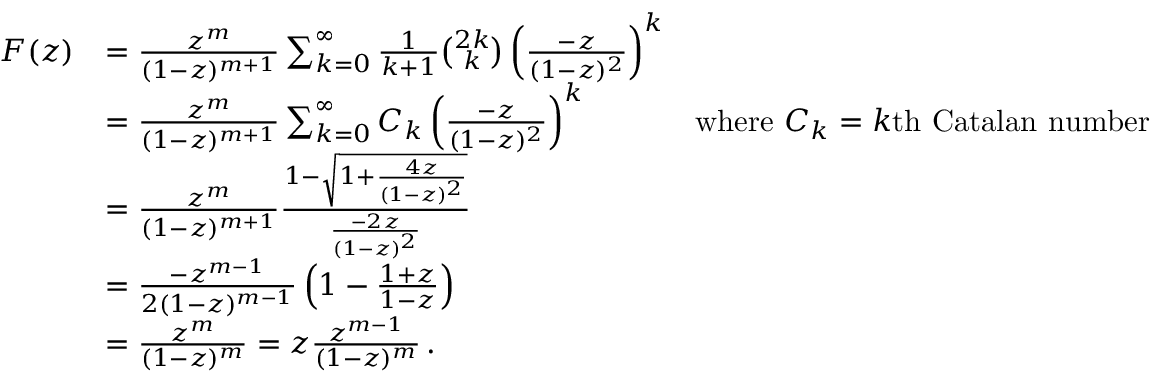
{ \begin{array} { r l r } { F ( z ) } & { = { \frac { z ^ { m } } { ( 1 - z ) ^ { m + 1 } } } \sum _ { k = 0 } ^ { \infty } { { \frac { 1 } { k + 1 } } { \binom { 2 k } { k } } \left( { \frac { - z } { ( 1 - z ) ^ { 2 } } } \right) ^ { k } } } \\ & { = { \frac { z ^ { m } } { ( 1 - z ) ^ { m + 1 } } } \sum _ { k = 0 } ^ { \infty } { C _ { k } \left( { \frac { - z } { ( 1 - z ) ^ { 2 } } } \right) ^ { k } } } & { { \mathrm { w h e r e ~ } } C _ { k } = k { \mathrm { t h ~ C a t a l a n ~ n u m b e r } } } \\ & { = { \frac { z ^ { m } } { ( 1 - z ) ^ { m + 1 } } } { \frac { 1 - { \sqrt { 1 + { \frac { 4 z } { ( 1 - z ) ^ { 2 } } } } } } { \frac { - 2 z } { ( 1 - z ) ^ { 2 } } } } } \\ & { = { \frac { - z ^ { m - 1 } } { 2 ( 1 - z ) ^ { m - 1 } } } \left( 1 - { \frac { 1 + z } { 1 - z } } \right) } \\ & { = { \frac { z ^ { m } } { ( 1 - z ) ^ { m } } } = z { \frac { z ^ { m - 1 } } { ( 1 - z ) ^ { m } } } \, . } \end{array} }